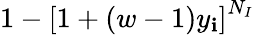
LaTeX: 1-\left[1+(w-1)y_{\mathbf{i}}\right]^{N_{I}}